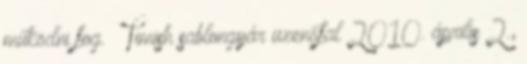
működni fog. – Timish sablongyár üzenőfal 2010. április 2.,